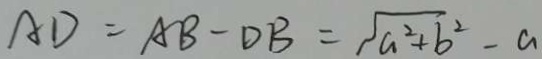
A D = A B - D B = \sqrt { a ^ { 2 } + b ^ { 2 } } - a